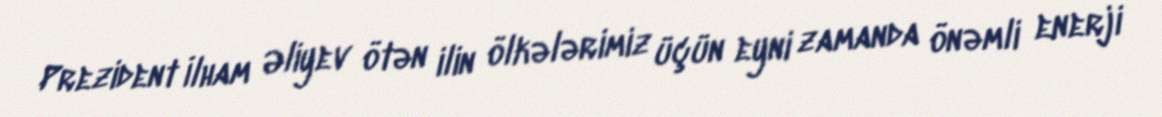
Prezident İlham Əliyev ötən ilin ölkələrimiz üçün eyni zamanda önəmli enerji